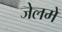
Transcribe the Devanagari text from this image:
जेलमें